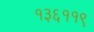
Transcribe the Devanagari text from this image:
१३६११९